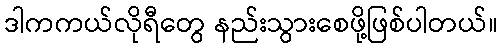
ဒါကကယ်လိုရီတွေ နည်းသွားစေဖို့ဖြစ်ပါတယ်။